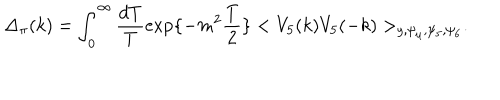
\Delta _ { \pi } ( k ) = \int _ { 0 } ^ { \infty } \frac { d T } { T } \exp \{ - m ^ { 2 } \frac { T } { 2 } \} < V _ { 5 } ( k ) V _ { 5 } ( - k ) > _ { y , \psi _ { \mu } , \psi _ { 5 } , \psi _ { 6 } } .